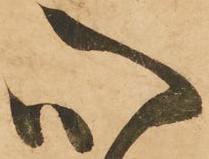
心